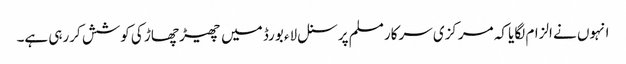
انہوں نے الزام لگایا کہ مرکزی سرکار مسلم پرسنل لاء بورڈ میں چھیڑ چھاڑ کی کوشش کررہی ہے۔